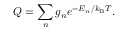
Q = \sum _ { n } g _ { n } e ^ { - E _ { n } / k _ { \mathrm { B } } T } .